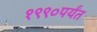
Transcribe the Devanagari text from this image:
१९९०पर्यंत